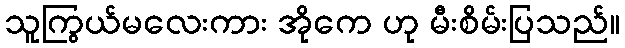
သူကြွယ်မလေးကား အိုကေ ဟု မီးစိမ်းပြသည်။